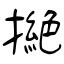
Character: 撧